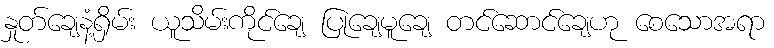
နှုတ်ချေနံ့ရှိမ်း ယူသိမ်းကိုင်ချေ ပြုချေမူချေ တင်ဆောင်ချေဟု စေသောအရာ